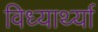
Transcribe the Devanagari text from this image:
विध्यार्थ्या